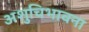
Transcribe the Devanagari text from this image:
अशुचिभावना